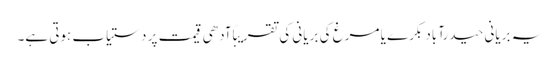
یہ بریانی حیدرآباد بکرے یا مرغ کی بریانی کی تقریبًا آدھی قیمت پر دستیاب ہوتی ہے۔